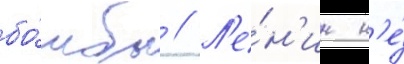
бо́мбы // Л'е́н'ин н'е́